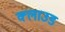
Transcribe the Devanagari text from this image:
क्‍लाउड